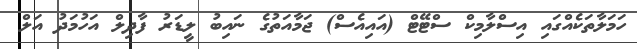
ހަމަލާތަކެއްގައި އިސްލާމިކް ސްޓޭޓް (އައިއެސް) ޖަމާއަތުގެ ނައިބު ލީޑަރު ފާދިލް އަހުމަދު އަލް